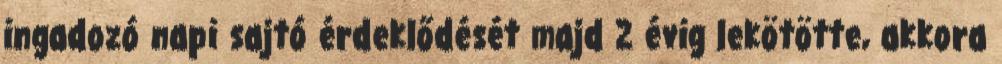
ingadozó napi sajtó érdeklődését majd 2 évig lekötötte, akkora